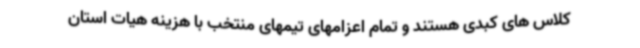
کلاس های کبدی هستند و تمام اعزامهای تیمهای منتخب با هزینه هیات استان